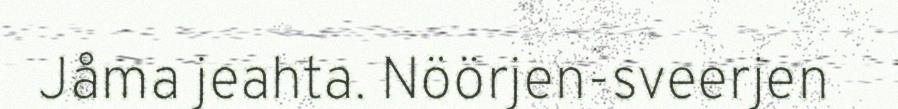
Jåma jeahta. Nöörjen-sveerjen